Mental hospitals Bombay report 1929-33 - 1929-1933
Year: 1929
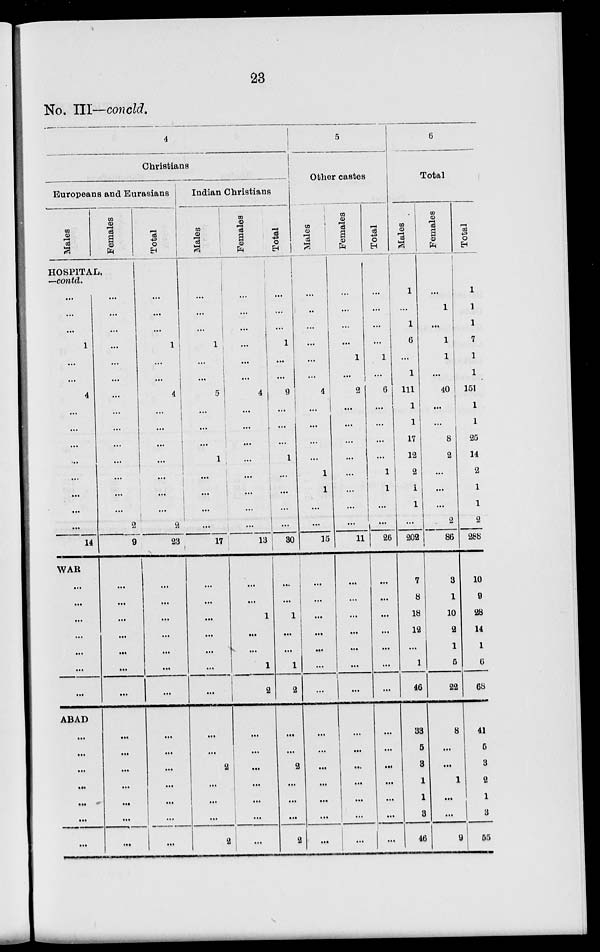
23
No.III—concld.
4
Christians
Europeans and Eurasians
Males
Females
HOSPITAL,
—contd.
...
...
...
1
...
...
4
...
...
...
...
...
...
...
...
14
WAR
...
...
...
...
...
...
...
ABAD
...
...
...
...
...
...
...
...
...
...
...
...
...
...
...
...
...
...
...
...
...
2
9
...
...
...
...
...
...
...
...
...
...
...
...
...
...
Total
...
...
...
1 ...
...
...
4
...
...
...
...
...
...
...
...
23
...
...
...
...
...
...
...
...
...
...
...
...
...
Indian Christians
Males
...
...
...
1
...
...
5
...
...
...
1
...
...
...
...
17
...
...
...
...
...
...
...
...
...
2
...
...
...
2
Females
...
...
...
...
...
...
4
...
...
...
...
...
...
...
...
13
...
...
1
...
1
2
...
...
...
...
...
...
...
Total
...
...
...
1
...
...
9
...
...
...
1
...
...
...
...
30
...
...
1
...
...
1
2
...
...
2
...
...
...
2
5
Other castes
Males
...
...
...
...
...
...
4
...
...
...
...
1
1
...
...
15
...
...
...
...
...
...
...
...
...
...
...
...
...
...
Females
...
...
...
...
1
...
2
...
...
...
...
...
...
...
...
11
...
...
...
...
...
...
...
...
...
...
...
...
...
...
Total
...
...
...
...
1
...
6
...
...
...
...
1
1
...
...
26
...
...
...
...
...
...
...
...
...
...
...
...
...
...
6
Total
Males
1
...
1
6
...
1
111
1
1
17
12
2
1
1
...
202
7
8
18
12
...
1
46
33
5
3
1
1
3
46
Females
...
1
...
1
1
...
40
...
...
8
2
...
...
...
2
86
3
1
10
2
1
5
22
8
...
...
1
...
...
9
Total
1
1
1
7
1
1
151
1
1
25
14
2
1
1
2
288
10
9
28
14
1
6
68
41
5
3
2
1
3
55